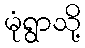
မုံရွာသို့